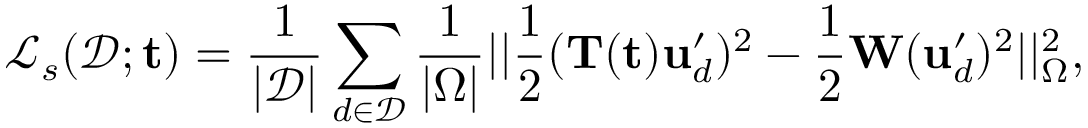
\mathcal { L } _ { s } ( \mathcal { D } ; \mathbf { t } ) = \frac { 1 } { | \mathcal { D } | } \sum _ { d \in \mathcal { D } } \frac { 1 } { | \Omega | } | | \frac { 1 } { 2 } ( \mathbf { T } ( \mathbf { t } ) \mathbf { u } _ { d } ^ { \prime } ) ^ { 2 } - \frac { 1 } { 2 } \mathbf { W } ( \mathbf { u } _ { d } ^ { \prime } ) ^ { 2 } | | _ { \Omega } ^ { 2 } ,